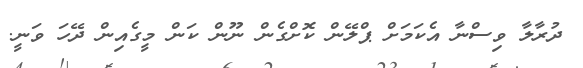
ދުރާލާ ވިސްނާ އެކަމަށް ޕްލޭން ކޮށްގެން ނޫން ކަން މީގެއިން ދޭހަ ވަނީ.